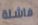
فاشلة